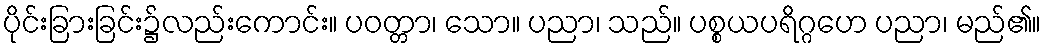
ပိုင်းခြားခြင်း၌လည်းကောင်း။ ပဝတ္တာ၊ သော။ ပညာ၊ သည်။ ပစ္စယပရိဂ္ဂဟေ ပညာ၊ မည်၏။